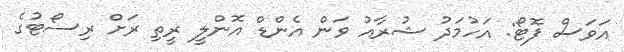
އަވަސް ފޮޓޯ: އަހުމަދު ޝުރާއު ވަން އެންޑް އޮންލީ ރީތި ރަށް ރިސޯޓުގެ